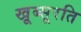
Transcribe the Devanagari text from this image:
खूब्सूरति